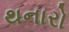
થનારો